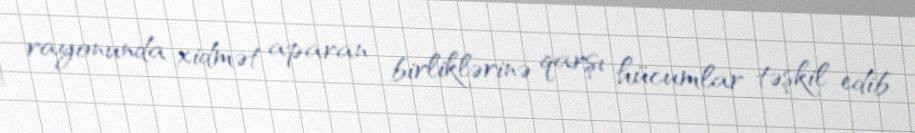
rayonunda xidmət aparan birliklərinə qarşı hücumlar təşkil edib.